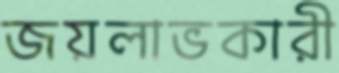
জয়লাভকারী